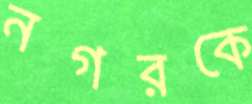
নগরকে